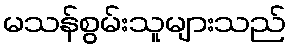
မသန်စွမ်းသူများသည်